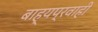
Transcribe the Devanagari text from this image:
बाह्यप्रवाही